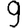
Digit: 9